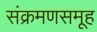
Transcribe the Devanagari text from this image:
संक्रमणसमूह